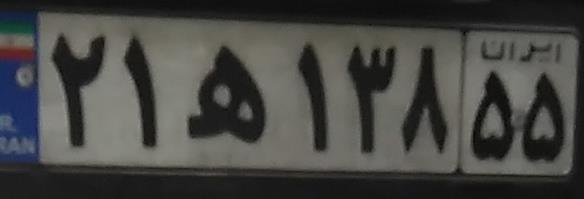
۲۱ه۱۳۸۵۵